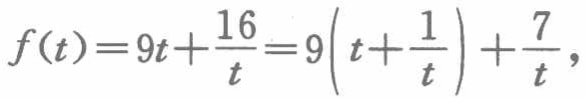
\[
f(t)=9t+\frac{16}{t}=9\left(t+\frac{1}{t}\right)+\frac{7}{t},
\]